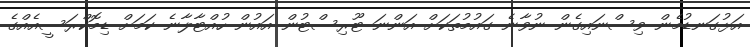
އަޅުގަނޑުމެން ވިސްނައިގެން ނުވާނެ ގައުމުތަކަށް އަންނަ ޓޫރިސްޓުން އައުން ހުއްޓާލާނެ ކަމަށް ޑިމޮކްރަސީއެއްގެ